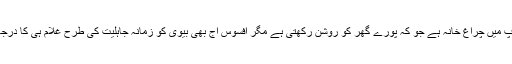
بیوی کے روپ میں چراغ خانہ ہے جو کہ پورے گھر کو روشن رکھتی ہے مگر افسوس آج بھی بیوی کو زمانہ جاہلیت کی طرح غلام ہی کا درجہ دیا جاتا ہے۔